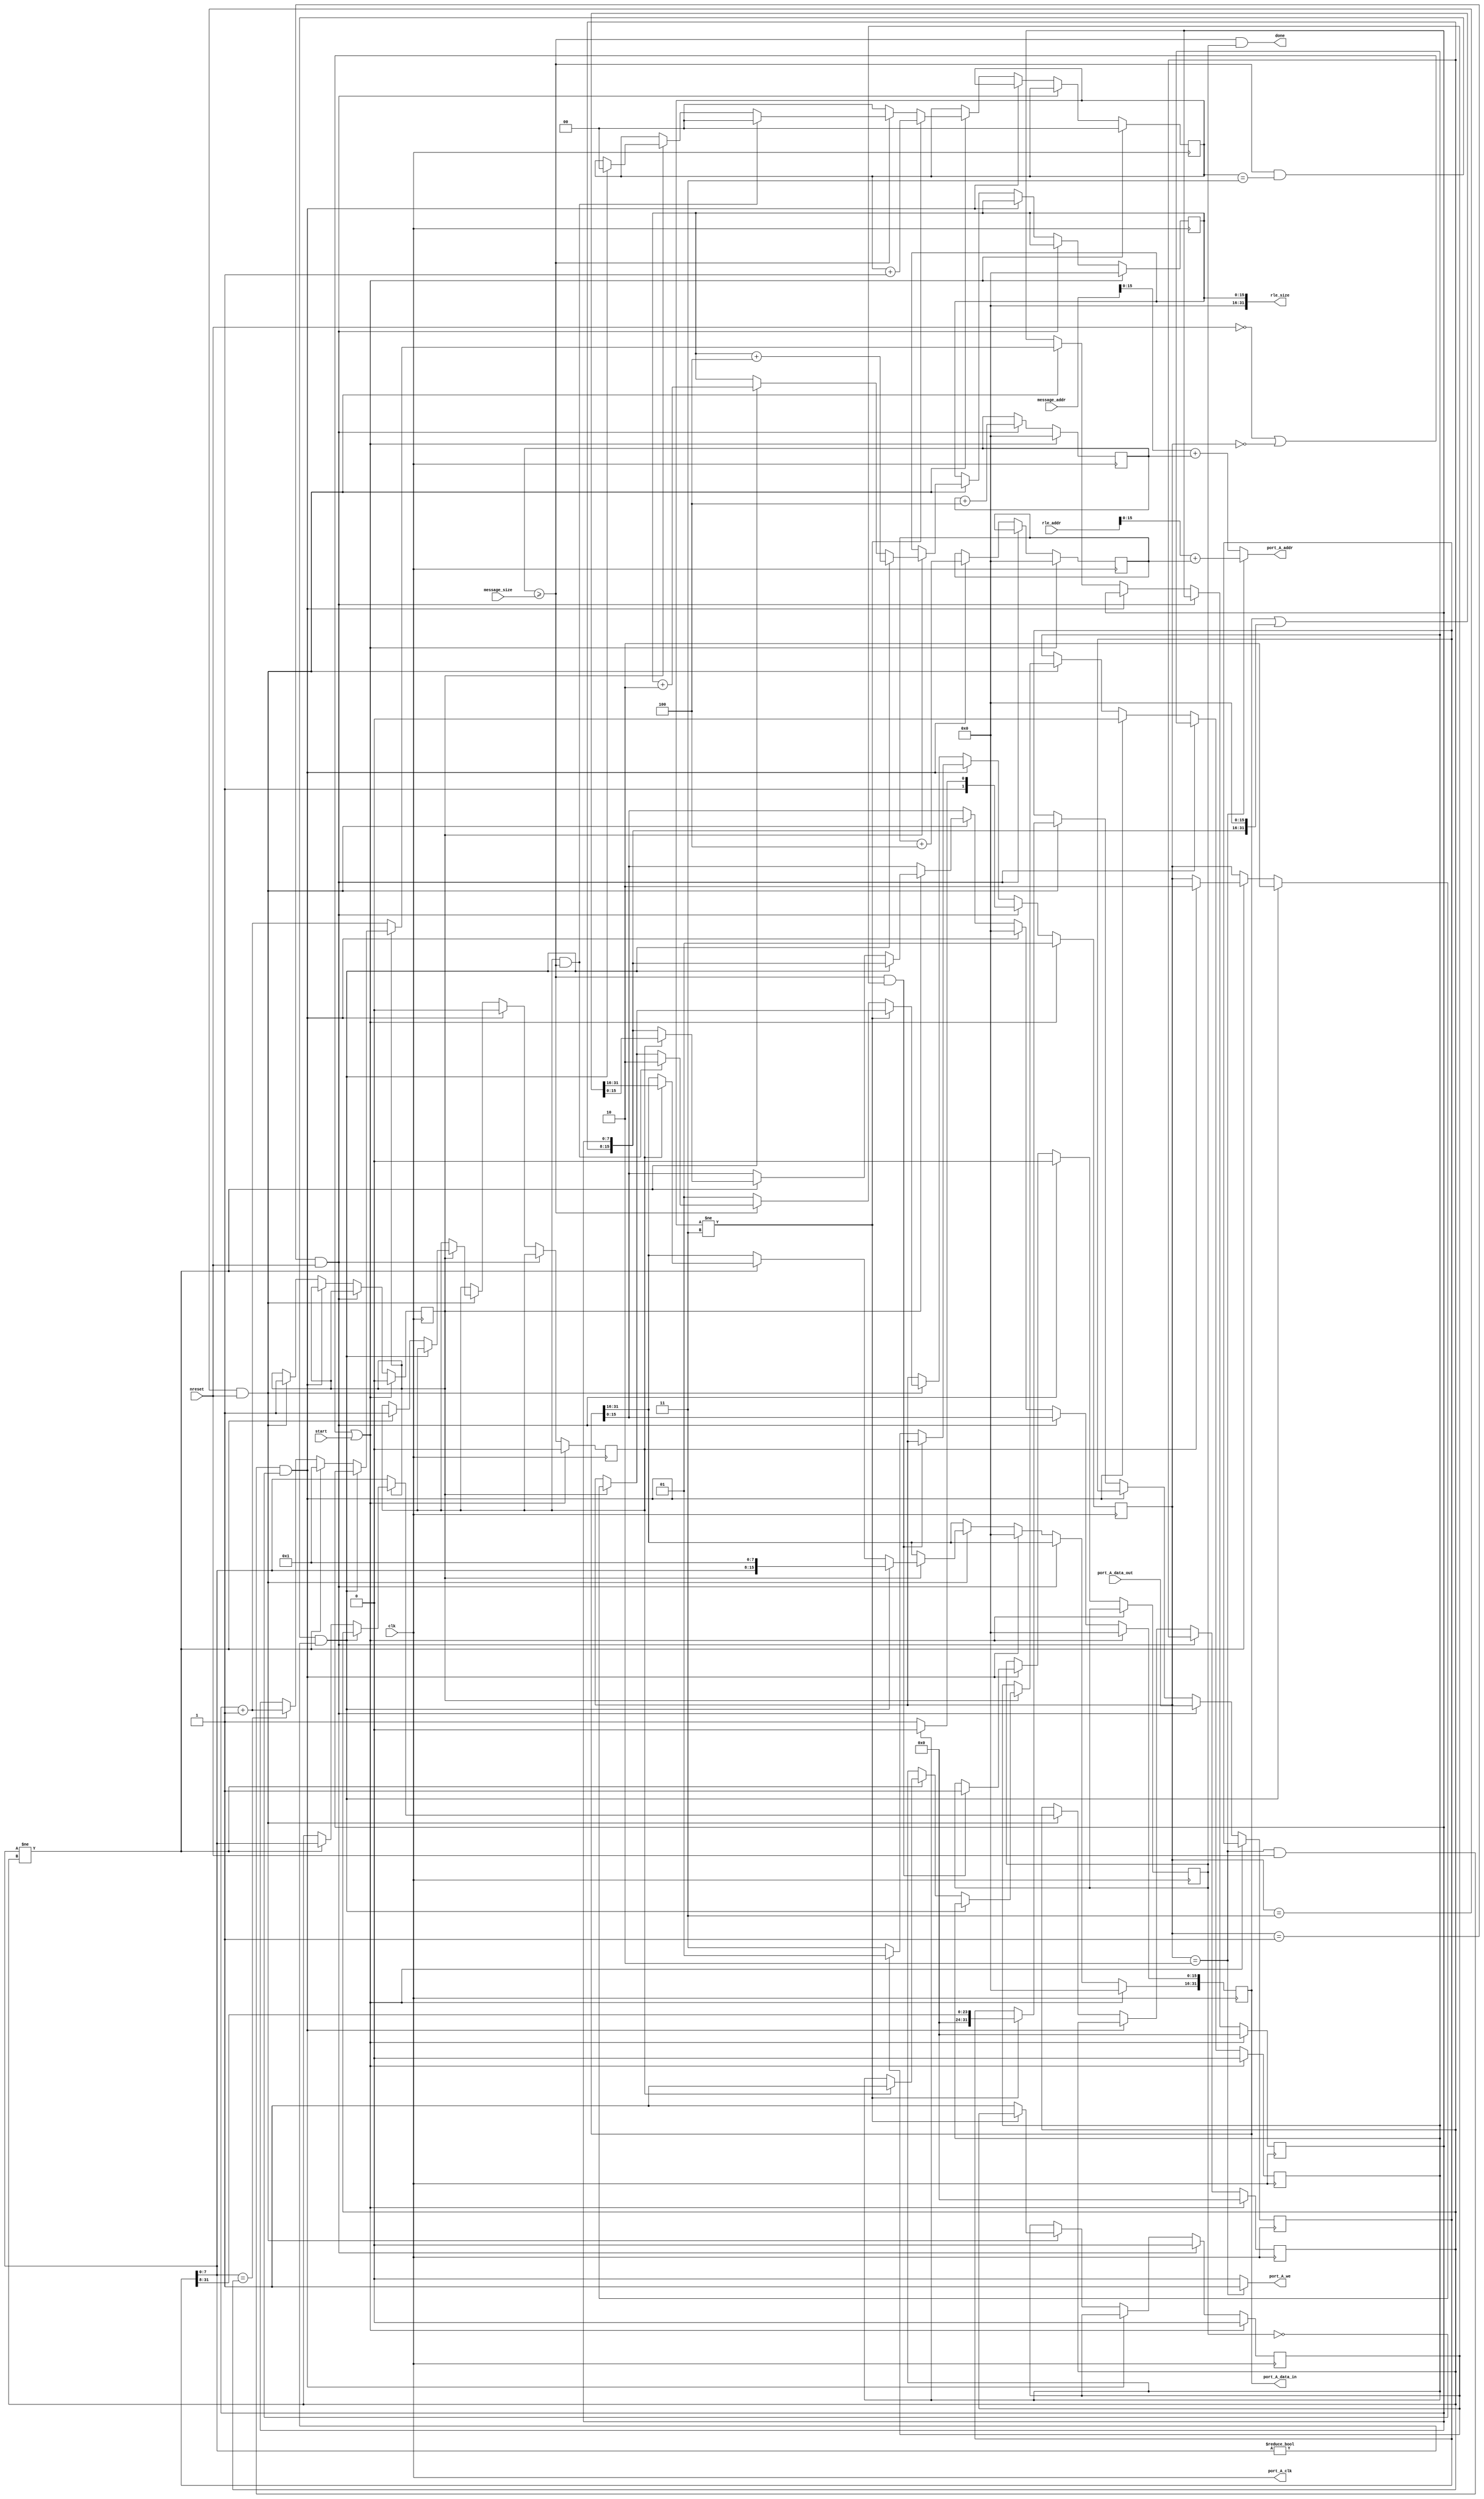
module rle (
	clk, 		
	nreset, 	
	start,
	message_addr,	
	message_size, 	
	rle_addr, 	
	rle_size, 	
	done, 		
	port_A_clk,
        port_A_data_in,
        port_A_data_out,
        port_A_addr,
        port_A_we
	);

input	clk;
input	nreset;
// Initializes the RLE module

input	start;
// Tells RLE to start compressing the given frame

input 	[31:0] message_addr;
// Starting address of the plaintext frame
// i.e., specifies from where RLE must read the plaintext frame

input	[31:0] message_size;
// Length of the plain text in bytes

input	[31:0] rle_addr;
// Starting address of the ciphertext frame
// i.e., specifies where RLE must write the ciphertext frame

input   [31:0] port_A_data_out;
// read data from the dpsram (plaintext)

output  [31:0] port_A_data_in;
// write data to the dpsram (ciphertext)

output  [15:0] port_A_addr;
// address of dpsram being read/written

output  port_A_clk;
// clock to dpsram (drive this with the input clk)

output port_A_we;
// read/write selector for dpsram

output	[31:0] rle_size;
// Length of the compressed text in bytes

output	done; // done is a signal to indicate that encryption of the frame is complete

reg [1:0] state;
parameter starting = 2'd0,
			 reading = 2'd1,
			 writing = 2'd2,
			 working = 2'd3;
	// 0 = starting
	// 1 = reading
	// 2 = writing
	// 3 = working
reg [31:0] butter;
reg [31:0] datain;
reg butter_offset;
reg [7:0] lastval;
reg [7:0] lastrun;
reg [15:0] read_offset;
reg [15:0] write_offset;
reg [15:0] rlesz;
reg first_read;
reg butter_full;
reg input_empty;
reg [1:0] input_offset;
wire doneread;
reg donewrite;
always @ (posedge clk)
begin
	if (~nreset | (state == 0) | start) begin
		state <= 1;
		butter = 0;
		butter_offset = 0;
		lastval = 0;
		lastrun = 0;
		read_offset = 0;
		write_offset = 0;
		first_read = 0;
		input_offset = 0;
		rlesz = 0;
		butter_full = 0;
		input_empty = 0;
		//doneread =0;
		//$display ("reset/start state");
	end
	else if((state == 1) & nreset)
	begin
		read_offset <= read_offset + 4;
		/*if (read_offset == message_size+4)
			doneread <= 1;*/
		if (~butter_full)
			state <= 3;
		else
			state <= 2;
		input_empty <= 0;
		datain <= port_A_data_out;
		donewrite <= 0;
		//$display ("read state.. %d .. %h .. doneread %d", port_A_addr, port_A_data_out, doneread);
	end
	else if ((state == 2) & nreset & ~donewrite)
	begin
		//$display ("write state .. %h ... sz %d .. inputoff .. %d", butter, rlesz, input_offset);
		write_offset <= write_offset + 4;
		butter <= 0;
		butter_full <= 0;
		butter_offset <= 0;
		if (doneread & input_empty) begin
			donewrite <= 1;
		end
		else
			begin
			if (input_empty)
				state <= 1;
			else
				state <= 3;
			end
		
	end
	else if ((state == 3) & nreset)
	begin
		//$display ("work state..  %h%h .. current %h .. inputoff %d .. done %d", lastval, lastrun, datain[7:0], input_offset, doneread);
		if (~first_read) begin
			lastrun <= lastrun + 1;
			lastval <= datain[7:0];
			first_read <= 1;
		end
		else
		begin
			if (doneread & (input_offset == 3) & (datain[7:0] != 0)) begin
				butter <= ({datain[7:0], 8'd1, lastval, lastrun});
				state <= 2;
				rlesz <= rlesz + 4;
				input_offset <= 0;
			end
			else if ((datain[7:0] != lastval)) begin
				//$display ("writing buffer .. %h%h .. off %d", lastval, lastrun, butter_offset);
				lastrun <= 1;
				lastval <= datain[7:0];
				if (butter_offset) begin
					//if (~doneread & (lastval == 0)) begin
					butter <= butter | ({lastval, lastrun} << 16);
					state <= 2;
					rlesz <= rlesz + 2;
					butter_full <= 1;
					//end
				end
				else
				begin
					butter_offset <= 1;
					butter[15:0] <= {lastval, lastrun};
					rlesz <= rlesz + 2;
				end
			end
			else if ((datain[7:0] == lastval)) begin
				lastrun <= lastrun + 1;
			end
			
			
			
		end
		
		if (input_offset != 2'd3) begin
			input_offset <= input_offset + 1;
			datain <= (datain >> 8);
				
		end
		else begin
			input_empty <= 1;
			if (~doneread) begin
				input_offset <= 0;
				state <= 1;
			end
			else if (butter_offset & doneread) begin
				input_offset <= 0;
				state <= 2;
			end
		end
		
	end
end
/*
always @ (*)
begin
	if (state == 1) begin
		port_A_addr = message_addr + read_offset;
		port_A_we = 0;
	end
	else if (state == 2)
	begin
		port_A_we = 1;
		port_A_addr = rle_addr + write_offset;
	end
end
*/
assign port_A_we = (state == 2)?1:0;
assign port_A_addr = (state==2)?rle_addr + write_offset:message_addr + read_offset;
assign done = doneread & donewrite;
assign doneread = (read_offset >= message_size);
assign port_A_data_in = butter;
assign port_A_clk = clk;
assign rle_size = rlesz;

endmodule